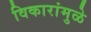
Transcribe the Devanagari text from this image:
विकारांमुळे